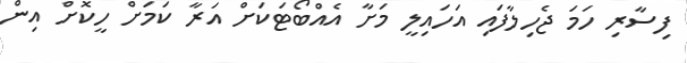
ފިސާރި ހަމަ ޖެހިލާފައި އަހައިލީ މަށާ އެއްބޯޓަކަށް އަރާ ކަމަށް ހީކޮށް އިން